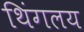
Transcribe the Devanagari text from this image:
थिंगलय